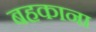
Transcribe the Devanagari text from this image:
बहकाना